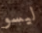
ليسو